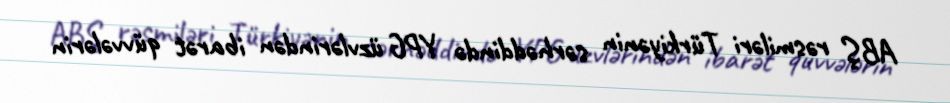
ABŞ rəsmiləri Türkiyənin sərhəddində YPG üzvlərindən ibarət qüvvələrin